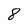
Character: 8